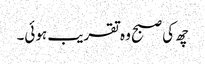
چھ کی صبح وہ تقریب ہوئی۔